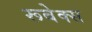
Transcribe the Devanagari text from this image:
रूबेक्स